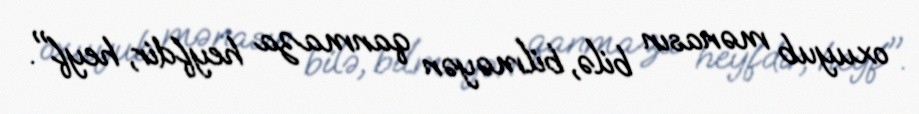
oxuyub mənasın bilə, bilməyən qanmaza heyfdir, heyf".